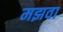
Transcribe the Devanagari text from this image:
मझवा